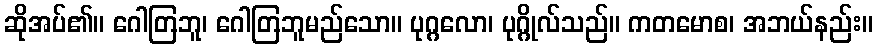
ဆိုအပ်၏။ ဂေါတြဘူ၊ ဂေါတြဘူမည်သော။ ပုဂ္ဂလော၊ ပုဂ္ဂိုလ်သည်။ ကတမောစ၊ အဘယ်နည်း။